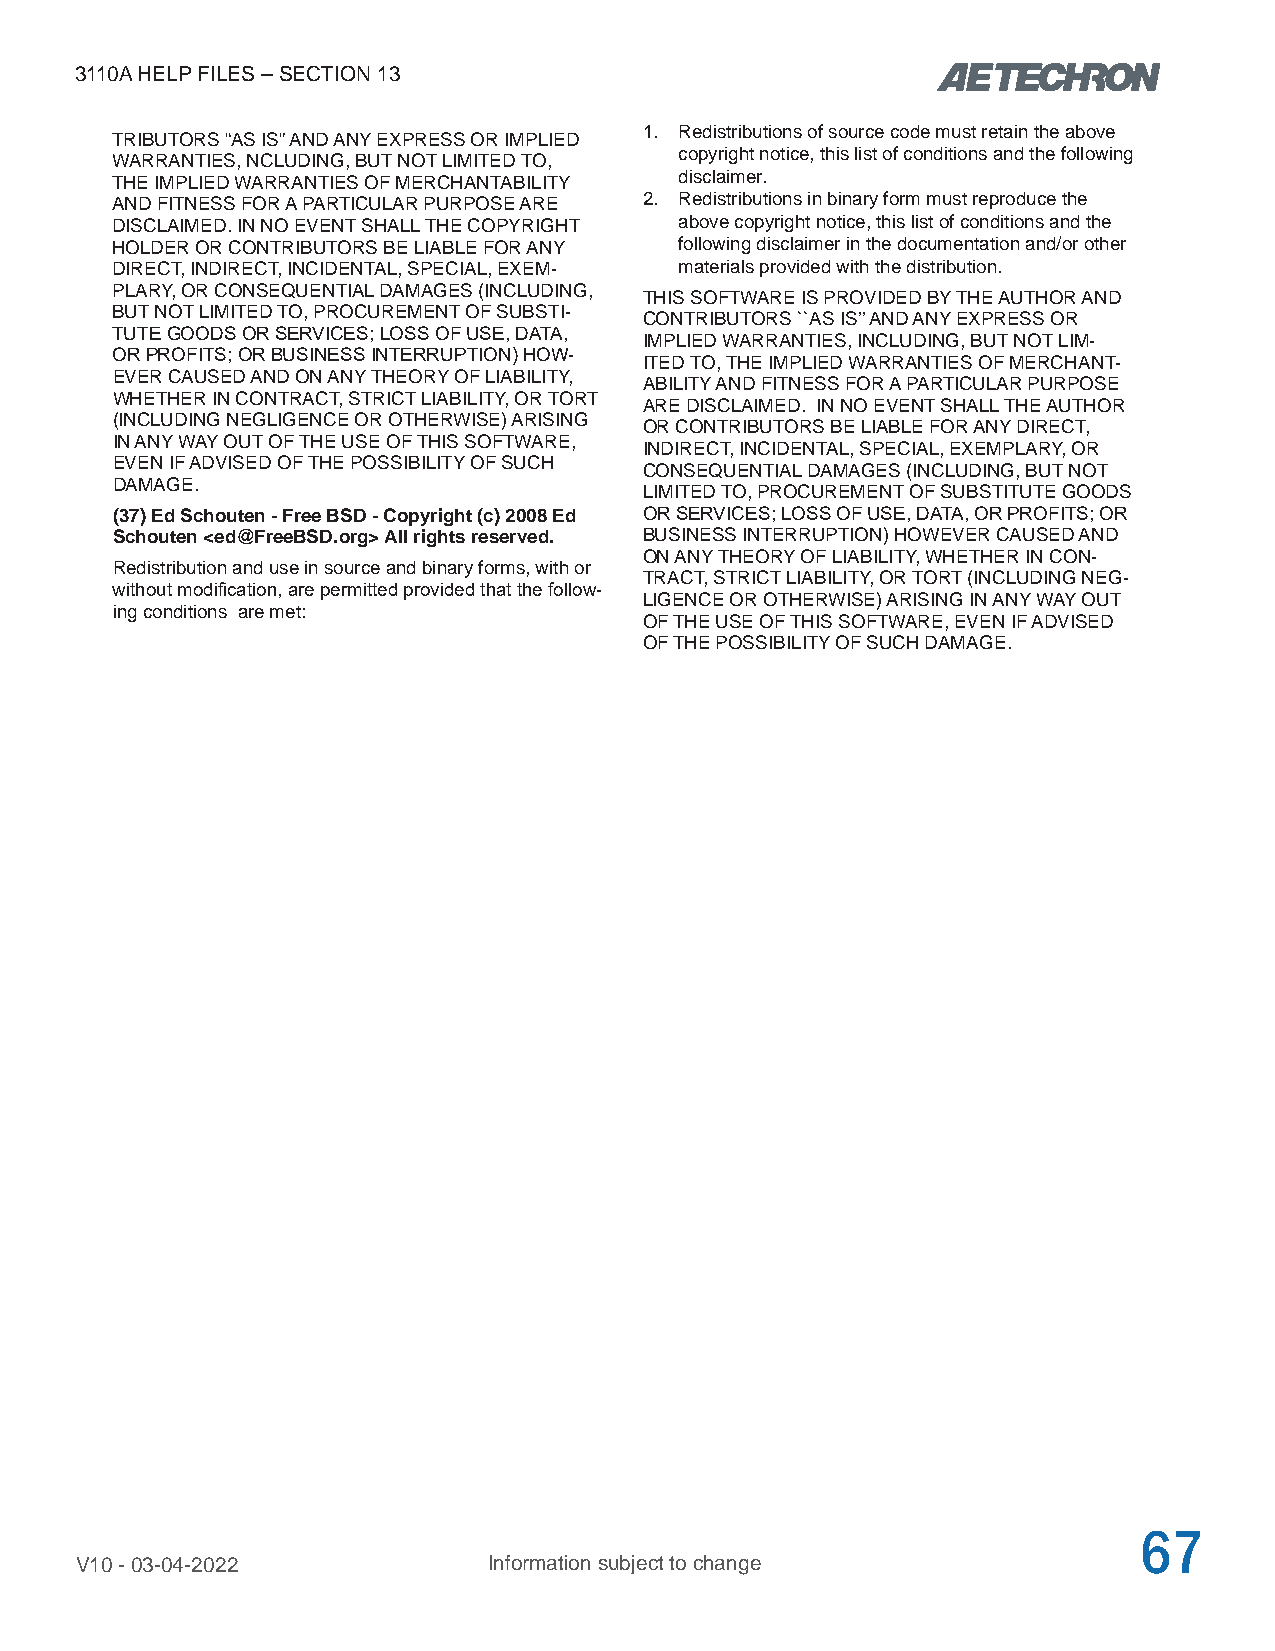
3110A HELP FILES – SECTION 13
 1. Redistributions of source code must retain the above
 TRIBUTORS “AS IS” AND ANY EXPRESS OR IMPLIED
 copyright notice, this list of conditions and the following
 WARRANTIES, NCLUDING, BUT NOT LIMITED TO,
 THE IMPLIED WARRANTIES OF MERCHANTABILITY disclaimer.
 AND FITNESS FOR A PARTICULAR PURPOSE ARE 2. Redistributions in binary form must reproduce the
 DISCLAIMED. IN NO EVENT SHALL THE COPYRIGHT above copyright notice, this list of conditions and the
 HOLDER OR CONTRIBUTORS BE LIABLE FOR ANY following disclaimer in the documentation and/or other
 DIRECT, INDIRECT, INCIDENTAL, SPECIAL, EXEM- materials provided with the distribution.
 PLARY, OR CONSEQUENTIAL DAMAGES (INCLUDING,
 THIS SOFTWARE IS PROVIDED BY THE AUTHOR AND
 BUT NOT LIMITED TO, PROCUREMENT OF SUBSTI-
 CONTRIBUTORS ``AS IS’’ AND ANY EXPRESS OR
 TUTE GOODS OR SERVICES; LOSS OF USE, DATA,
 IMPLIED WARRANTIES, INCLUDING, BUT NOT LIM-
 OR PROFITS; OR BUSINESS INTERRUPTION) HOW-
 ITED TO, THE IMPLIED WARRANTIES OF MERCHANT-
 EVER CAUSED AND ON ANY THEORY OF LIABILITY,
 ABILITY AND FITNESS FOR A PARTICULAR PURPOSE
 WHETHER IN CONTRACT, STRICT LIABILITY, OR TORT
 ARE DISCLAIMED. IN NO EVENT SHALL THE AUTHOR
 (INCLUDING NEGLIGENCE OR OTHERWISE) ARISING
 OR CONTRIBUTORS BE LIABLE FOR ANY DIRECT,
 IN ANY WAY OUT OF THE USE OF THIS SOFTWARE,
 INDIRECT, INCIDENTAL, SPECIAL, EXEMPLARY, OR
 EVEN IF ADVISED OF THE POSSIBILITY OF SUCH
 CONSEQUENTIAL DAMAGES (INCLUDING, BUT NOT
 DAMAGE.
 LIMITED TO, PROCUREMENT OF SUBSTITUTE GOODS
 (37) Ed Schouten - Free BSD - Copyright (c) 2008 Ed OR SERVICES; LOSS OF USE, DATA, OR PROFITS; OR
 Schouten <ed@FreeBSD.org> All rights reserved. BUSINESS INTERRUPTION) HOWEVER CAUSED AND
 ON ANY THEORY OF LIABILITY, WHETHER IN CON-
 Redistribution and use in source and binary forms, with or
 TRACT, STRICT LIABILITY, OR TORT (INCLUDING NEG-
 without modification, are permitted provided that the follow-
 LIGENCE OR OTHERWISE) ARISING IN ANY WAY OUT
 ing conditions are met:
 OF THE USE OF THIS SOFTWARE, EVEN IF ADVISED
 OF THE POSSIBILITY OF SUCH DAMAGE.
 67
 V10 - 03-04-2022           Information subject to change